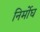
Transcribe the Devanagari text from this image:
निर्मोघ